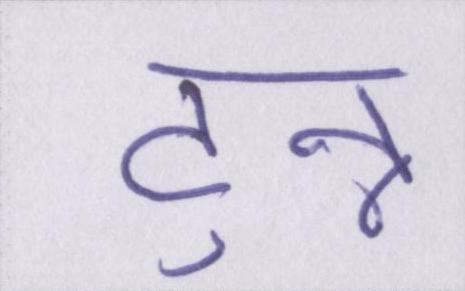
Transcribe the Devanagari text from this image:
टुन्न